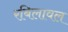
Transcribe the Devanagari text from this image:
रबिलावल